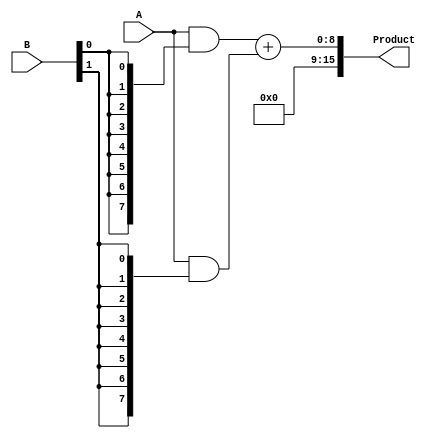
module WallaceTreeMultiplier #(parameter A_WIDTH = 8, B_WIDTH = 8)(
    input [A_WIDTH-1:0] A,
    input [B_WIDTH-1:0] B,
    output reg [A_WIDTH + B_WIDTH - 1:0] Product
);

// Partial Product Generation
wire [A_WIDTH-1:0] pp[B_WIDTH-1:0]; // Partial products
genvar i;
generate
    for (i = 0; i < B_WIDTH; i = i + 1) begin : partial_product_gen
        assign pp[i] = A & {A_WIDTH{B[i]}}; // AND each bit of A with B[i]
    end
endgenerate

// Wallace Tree Reduction
reg [A_WIDTH + B_WIDTH - 1:0] sum [0:2*A_WIDTH - 1]; // Intermediate sums
reg [2*A_WIDTH - 1:0] carry [0:2*A_WIDTH - 1];  // Intermediate carries

integer j, k;
always @* begin
    // Initialize
    for (j = 0; j < 2 * A_WIDTH; j = j + 1) begin
        sum[j] = 0;
        carry[j] = 0;
    end

    // Stage 1: Add partial products (2 bits at a time)
    for (j = 0; j < B_WIDTH; j = j + 1) begin
        sum[j] = pp[j];
    end

    // Wallace tree reduction
    for (k = 0; k < A_WIDTH + B_WIDTH - 1; k = k + 1) begin
        // Use half and full adders for reduction
        for (j = 0; j < (1 << k) && j < (B_WIDTH); j = j + 1) begin
            if (j < B_WIDTH - 1) begin
                {carry[k + 1], sum[k]} = sum[k] + {1'b0, sum[k + 1]};
            end
        end
    end

    // Final addition to get the product
    Product = sum[0];
end

endmodule